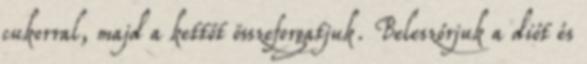
cukorral, majd a kettőt összeforgatjuk. Beleszórjuk a diót és